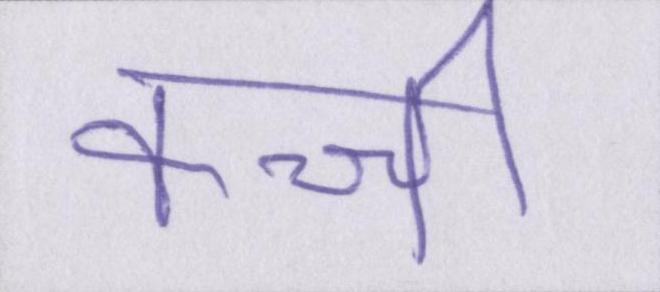
कच्ची